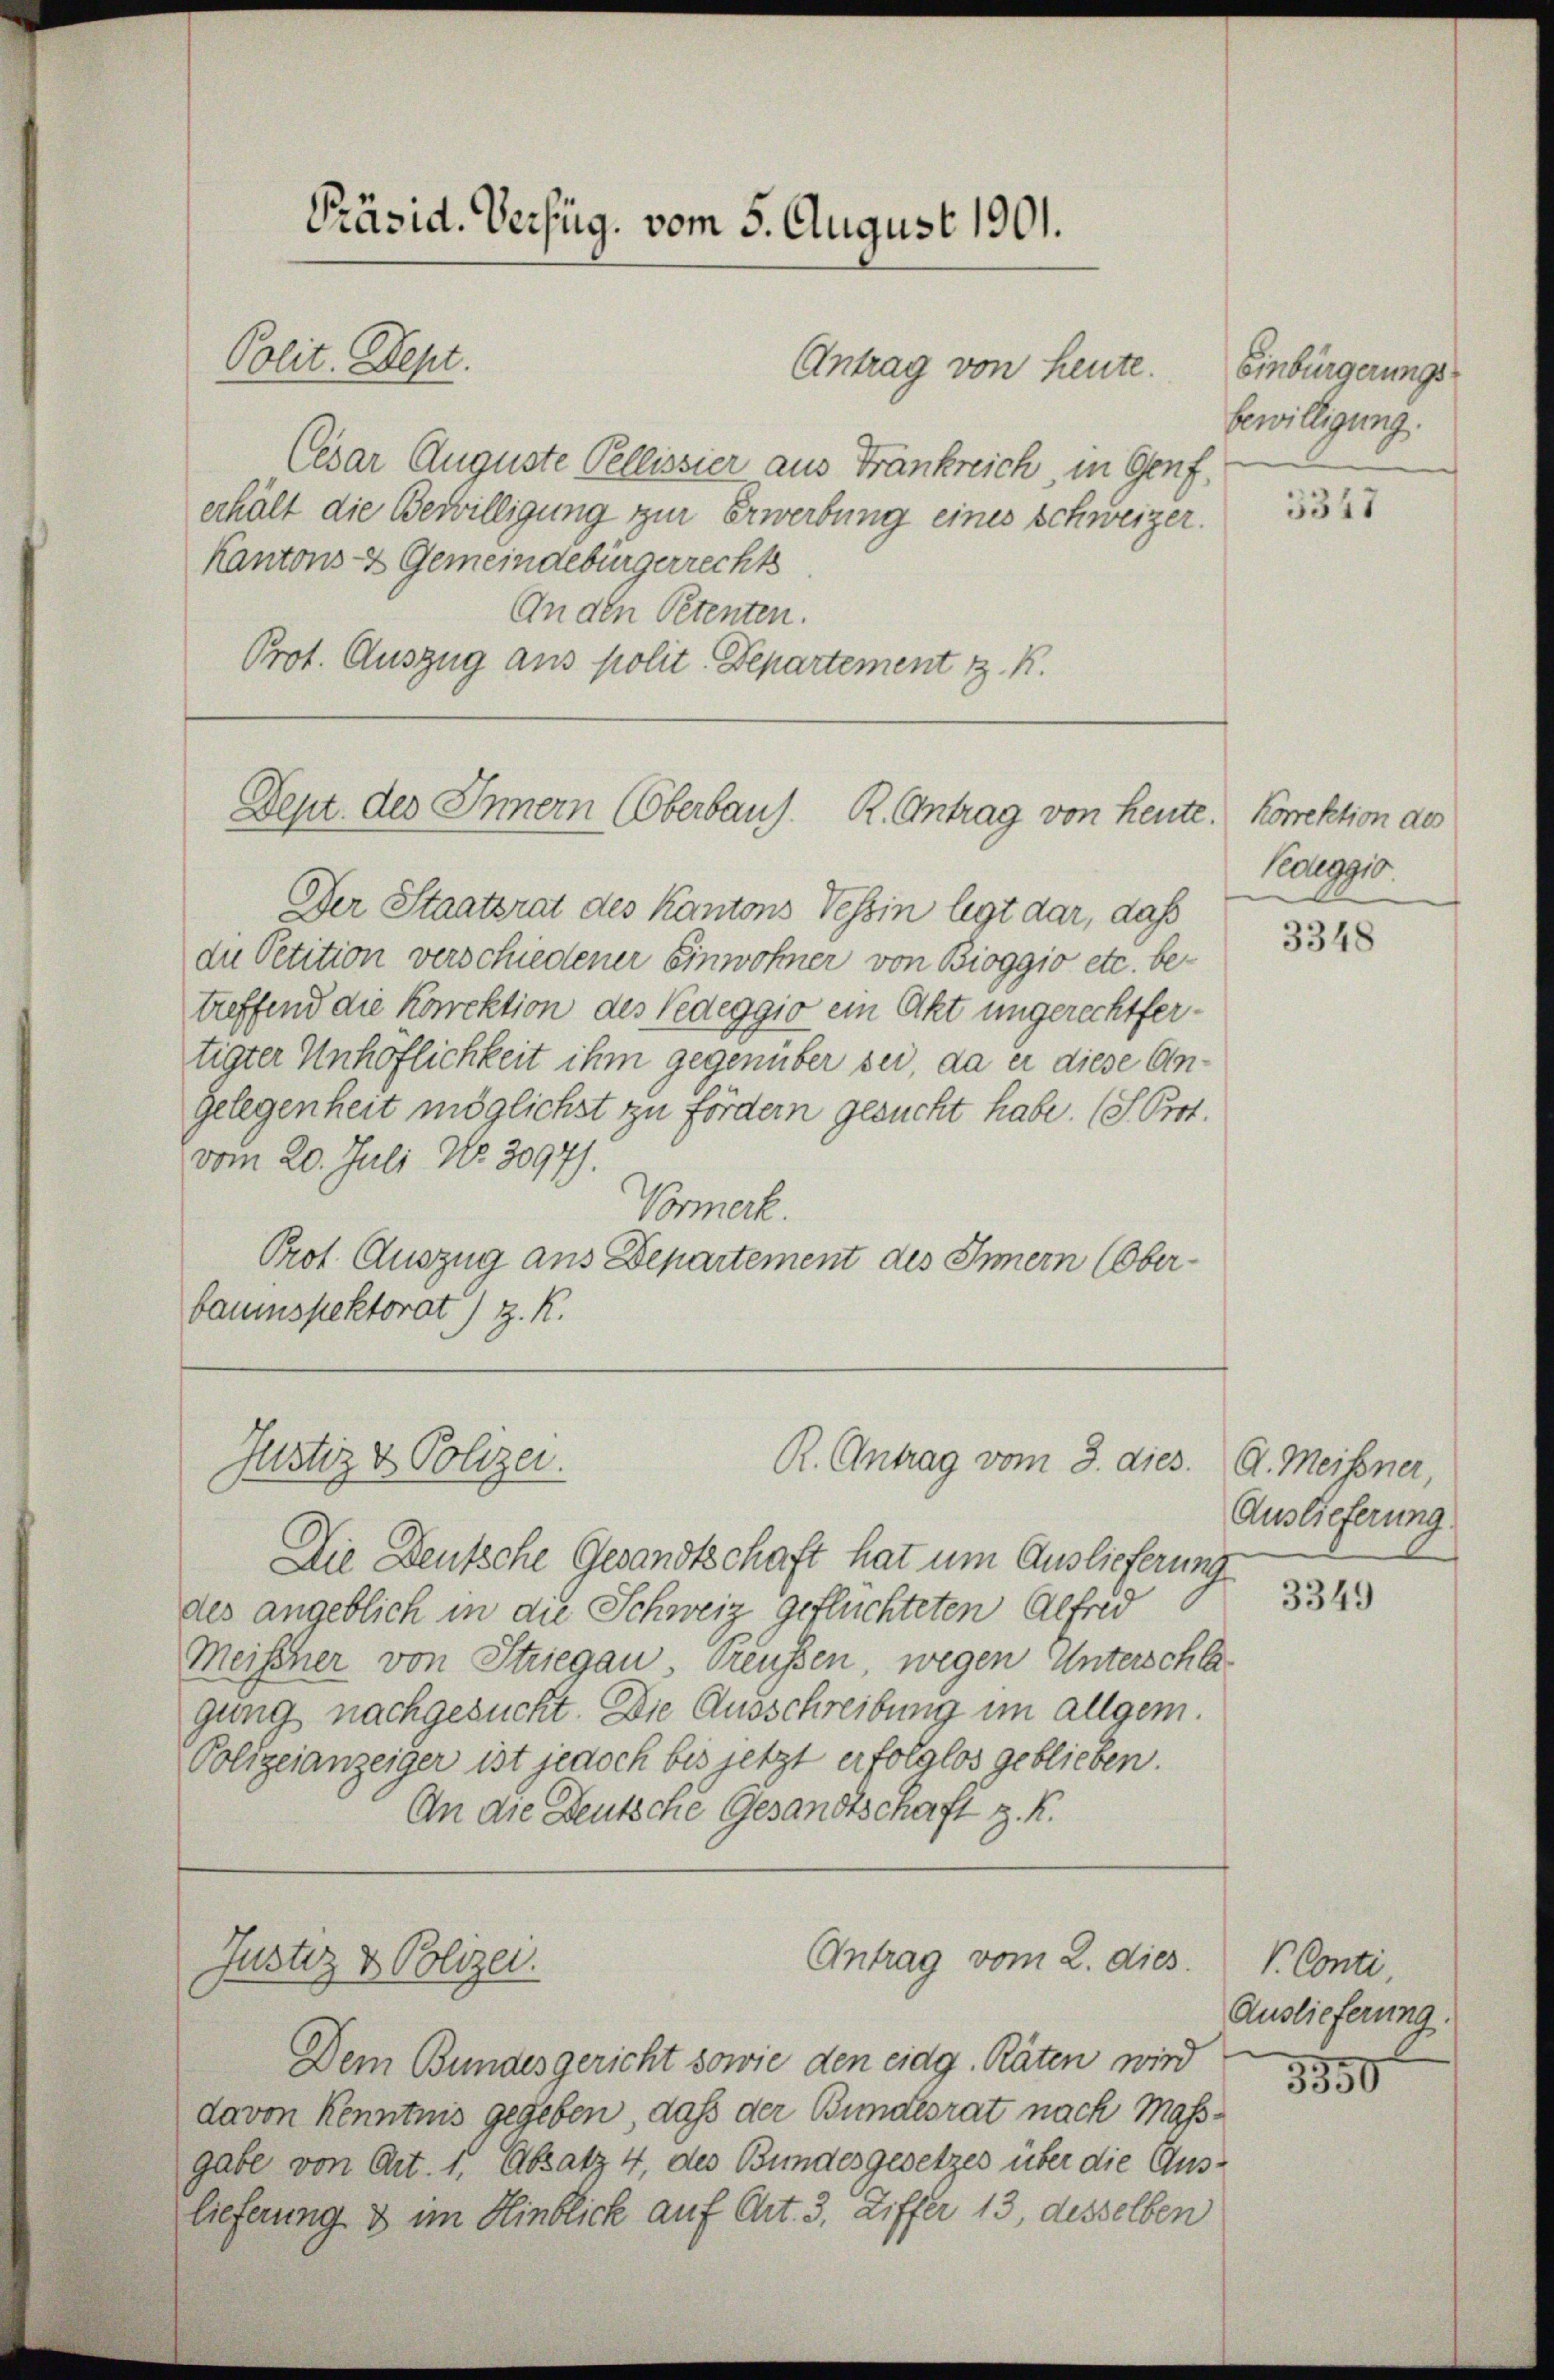
Präsid. Verfüg, vom 5. August 1901.
Polit. Sept.
Antrag von heute.

Cesar Auguste Pellissier aus Frankreich in Genf,
erhält die Bewilligung zur Erwerbung eines Schweizer.
Kantons- & Gemeindebürgerrechts
An den Petenten.
Prot. Auszug aus polit. Departement z. K.

Dept. des Innern (Oberbaus R. Antrag von heute

Justiz & Polizei.

Justiz & Polizei.

Der Staatsrat des Kantons Tessin legt dar, daß
du Petition verschiedener Einwohner von Bioggio etc. betreffend die Korrektion des Vedeggio ein Akt ungerechtfertigter Unhöflichkeit ihm gegenüber sei, da er diese An¬
Gelegenheit möglichst zu fördern gesucht habe. (S. Prot.
vom 20. Juli Nr. 3097).
Vormerk.
Prot. Auszug aus Departement des Innern (Ober-
bauinspektorat) z. R.

R. Antrag vom 3. dies

Die Deutsche Gesandtschaft hat um Auslieferung
des angeblich in die Schweiz geflüchteten Alfred
Meischer von Striegau, Preußen wegen Unterschlagung nachgesucht. Die Ausschreibung im allgem.
Polizeianzeiger ist jedoch bis jetzt erfolglos geblieben.
An die Deutsche Gesandtschaft z. K.

Antrag vom 2. dies

Dem Bundesgericht sowie den eidg. Räten wird
davon Kenntnis gegeben, daß der Bundesrat nach Maßgabe von Art. 1, Absatz 4, des Bundesgesetzes über die Auslieferung & im Hinblick auf Art. 3, Ziffer 13, desselben

Einbürgerungs
bewilligung.

3347

Korrektion des
Paggi

3348

A. Meißner,
Auslieferung.

3349

V. Conti,
Auslieferung.

3550